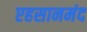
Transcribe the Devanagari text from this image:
एहसानमंद